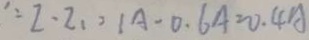
\because I - I _ { 1 } = 1 A - 0 . 6 A = 0 . 4 A